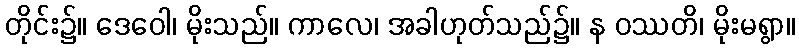
တိုင်း၌။ ဒေဝေါ၊ မိုးသည်။ ကာလေ၊ အခါဟုတ်သည်၌။ န ဝဿတိ၊ မိုးမရွာ။